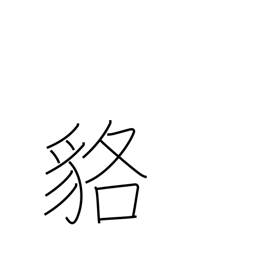
Meaning: badger